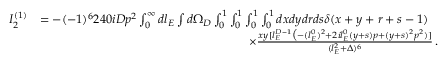
\begin{array} { r l } { I _ { 2 } ^ { ( 1 ) } } & { = - ( - 1 ) ^ { 6 } 2 4 0 i D p ^ { 2 } \int _ { 0 } ^ { \infty } d l _ { E } \int d \Omega _ { D } \int _ { 0 } ^ { 1 } \int _ { 0 } ^ { 1 } \int _ { 0 } ^ { 1 } \int _ { 0 } ^ { 1 } d x d y d r d s \delta ( x + y + r + s - 1 ) } \\ & { \quad \quad \quad \quad \quad \quad \quad \quad \quad \quad \quad \quad \quad \quad \quad \quad \quad \times \frac { x y [ l _ { E } ^ { D - 1 } \big ( - ( l _ { E } ^ { 0 } ) ^ { 2 } + 2 i l _ { E } ^ { 0 } ( y + s ) p + ( y + s ) ^ { 2 } p ^ { 2 } ) ] } { ( l _ { E } ^ { 2 } + \Delta ) ^ { 6 } } \, . } \end{array}